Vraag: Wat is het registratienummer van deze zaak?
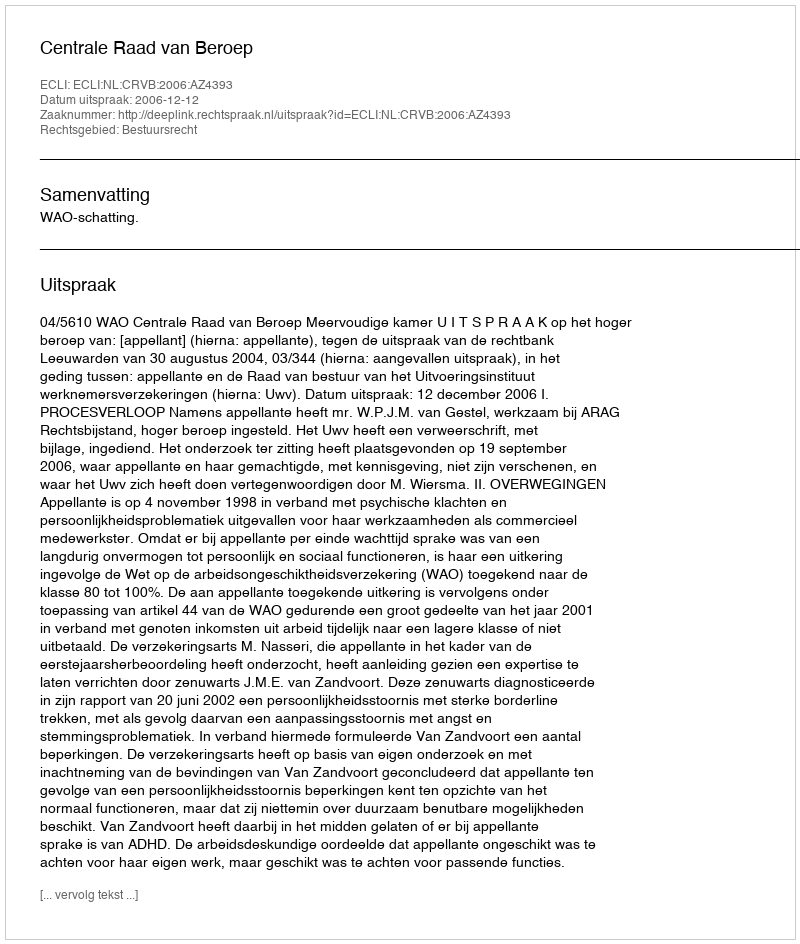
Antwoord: http://deeplink.rechtspraak.nl/uitspraak?id=ECLI:NL:CRVB:2006:AZ4393